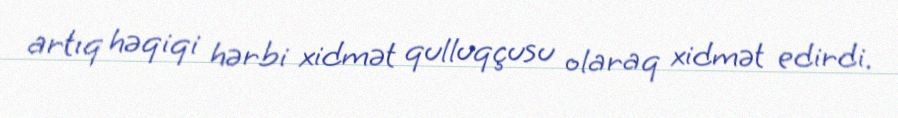
artıq həqiqi hərbi xidmət qulluqçusu olaraq xidmət edirdi.